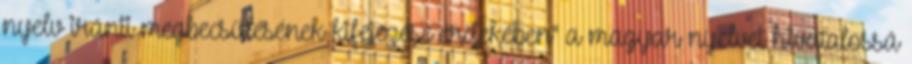
nyelv iránti megbecsülésének kifejezése érdekében" a magyar nyelvet hivatalossá